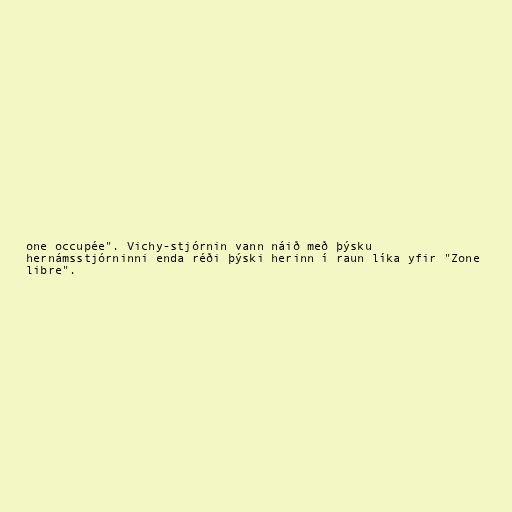
one occupée". Vichy-stjórnin vann náið með þýsku
hernámsstjórninni enda réði þýski herinn í raun líka yfir "Zone
libre".